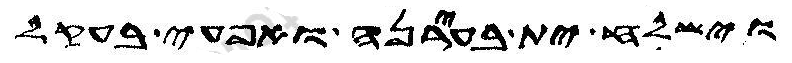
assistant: וישלח ית בעירנה ואפעי בעקל